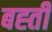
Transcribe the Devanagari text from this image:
बह्ती